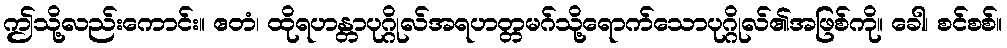
ဤသို့လည်းကောင်း။ ဧတံ၊ ထိုရဟန္တာပုဂ္ဂိုလ်အရဟတ္တမဂ်သို့ရောက်သောပုဂ္ဂိုလ်၏အဖြစ်ကို။ ခေါ၊ စင်စစ်။